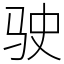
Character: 驶